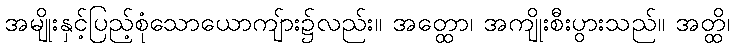
အမျိုးနှင့်ပြည့်စုံသောယောကျ်ား၌လည်း။ အတ္ထော၊ အကျိုးစီးပွားသည်။ အတ္ထိ၊